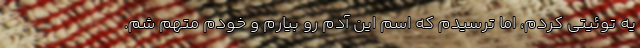
یه توئیتی کردم، اما ترسیدم که اسم این آدم رو بیارم و خودم متهم شم.